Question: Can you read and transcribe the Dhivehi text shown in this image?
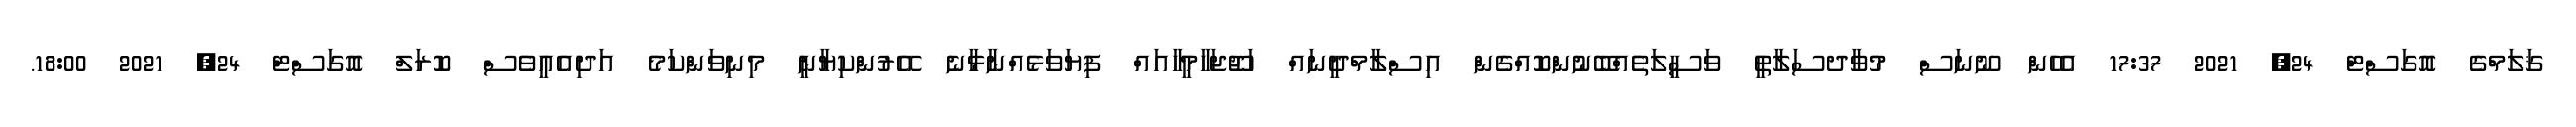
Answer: ޤަލަމްގެ އޮގަސްޓް 24, 2021 17:37 އެހެން ނޫނަސް މުވާދސަލާތީ ވަސީލަތެއްބޭނުންކޮއްގެން އިސްލާމްދީނައް ހަޖޫޖަހާމީހާއައް ފިޔަވަޅެއްނާޅާނެ އޭރުންކިޔާނީ މިނިވަންކަމެ އަދިއެއީވެސް ކޮރަލް އޮގަސްޓް 24, 2021 18:00.